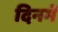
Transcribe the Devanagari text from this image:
दिनमें